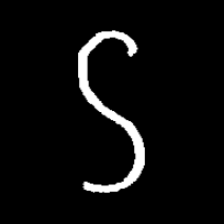
Pyu character \u2014 Myanmar letter: ဌ (romanized: ttha)